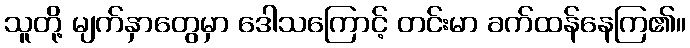
သူတို့ မျက်နှာတွေမှာ ဒေါသကြောင့် တင်းမာ ခက်ထန်နေကြ၏။